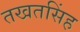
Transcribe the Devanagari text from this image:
तखतसिंह